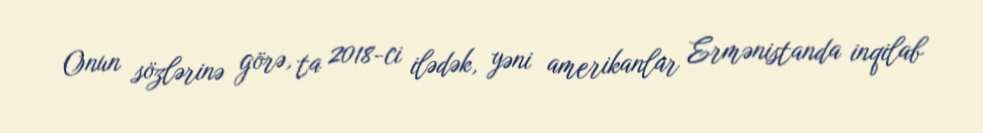
Onun sözlərinə görə, ta 2018-ci ilədək, yəni amerikanlar Ermənistanda inqilab